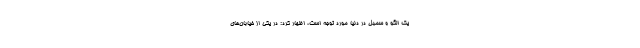
یک الگو و سمبل در دنیا مورد توجه است، اظهار کرد: در یکی از خیابان‌های